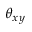
\theta _ { x y }